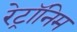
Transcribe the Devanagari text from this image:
रेट्रॉनिम